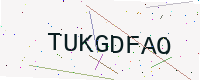
Text: TUKGDFAO